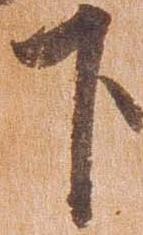
下